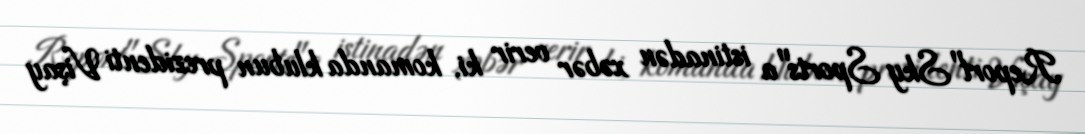
Report"Sky Sports"a istinadən xəbər verir ki, komanda klubun prezidenti Vişay